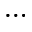
\dots